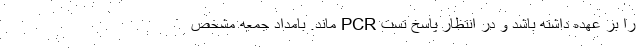
را بر عهده داشته باشد و در انتظار پاسخ تست PCR ماند. بامداد جمعه مشخص